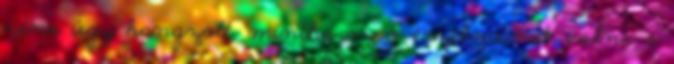
zene úgy hangzott, mintha az ő érzelmeinek volna a